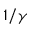
1 / \gamma